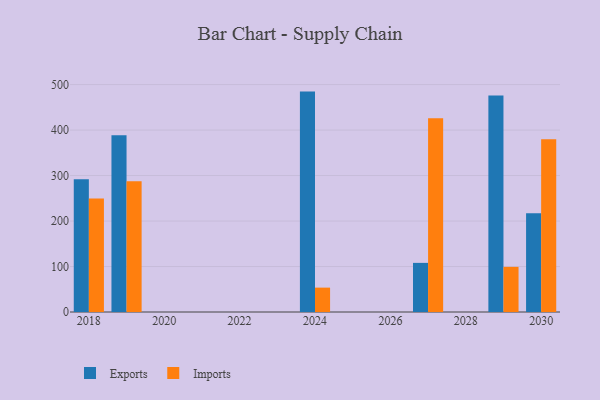
{"axis": {"x": "Year", "y": "Latency (ms)"}, "legend": ["Exports", "Imports"], "data": [{"x": "2030", "y": 217.0, "type": "Exports"}, {"x": "2030", "y": 379.8, "type": "Imports"}, {"x": "2027", "y": 108.0, "type": "Exports"}, {"x": "2027", "y": 425.9, "type": "Imports"}, {"x": "2019", "y": 388.9, "type": "Exports"}, {"x": "2019", "y": 287.5, "type": "Imports"}, {"x": "2018", "y": 291.7, "type": "Exports"}, {"x": "2018", "y": 249.6, "type": "Imports"}, {"x": "2024", "y": 484.6, "type": "Exports"}, {"x": "2024", "y": 53.6, "type": "Imports"}, {"x": "2029", "y": 475.9, "type": "Exports"}, {"x": "2029", "y": 99.2, "type": "Imports"}]}